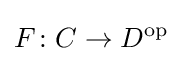
F\colon C\to D^{\mathrm {op} }